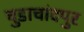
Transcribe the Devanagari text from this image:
चुडाचांदपुर